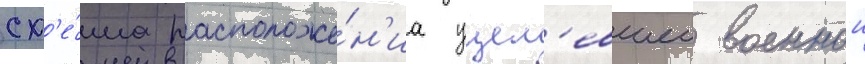
сх'е́ма расположе́н'иа уцел'евшеи военнои